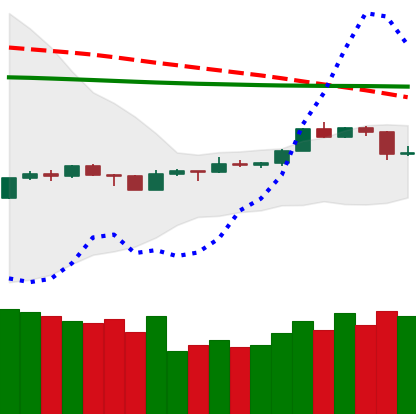
Ticker: TRX-USD
Chart end date: 2020-04-11
Forward return: 4.478%
Label: up_3_5